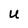
Character: U